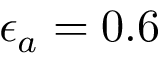
\epsilon _ { a } = 0 . 6